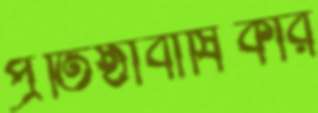
প্রতিষ্ঠাবার্ষিকীর